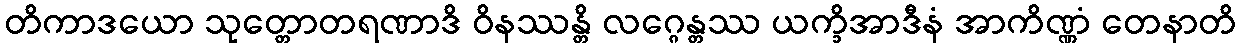
တိကာဒယော သုတ္တောတရဏာဒိ ဝိနဿန္တိ လဂ္ဂေန္တဿ ယက္ခိအာဒီနံ အာကိဏ္ဏံ တေနာတိ